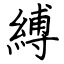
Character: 縛